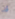
قد